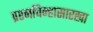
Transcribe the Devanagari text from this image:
प्रश्नचिन्हासारखा